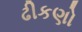
ઢીકણો